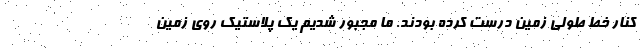
کنار خط طولی زمین درست کرده بودند. ما مجبور شدیم یک پلاستیک روی زمین